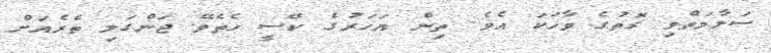
ސަލާމަތްވި ގޮތުގެ ވާހަކަ އެވެ. ތިން އަހަރުގެ ކޭސީ ހެތެވޭ ޖަންގަލި ތެރެއަށް